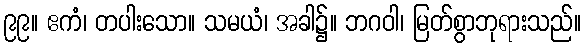
၉၉။ ဧကံ၊ တပါးသော။ သမယံ၊ အခါ၌။ ဘဂဝါ၊ မြတ်စွာဘုရားသည်။